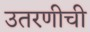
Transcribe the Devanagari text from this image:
उतरणीची